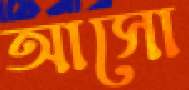
আসো